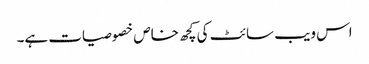
اس ویب سائٹ کی کچھ خاص خصوصیات ہے۔